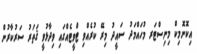
އިކޮނޮމިކް މިނިސްޓަރ މުހައްމަދު ސައީދު މިރޭ ކުރެއްވި ޓްވީޓެއްގައި ވިދާޅުވީ ޤަތަރު ސަރުކާރުން